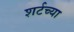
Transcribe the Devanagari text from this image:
शर्टच्या